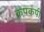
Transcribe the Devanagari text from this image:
कपकपी